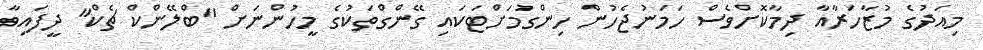
މިއަދުގެ މުޒާހަރާއާ ދިމާކޮށްވެސް ހަމަނުޖެހުން ހިންގުމަށްޓަކައި ގޭންގްތަކުގެ މީހުންނަށް "ބްލޭންކް ޗެކް" ދީފައިވާ